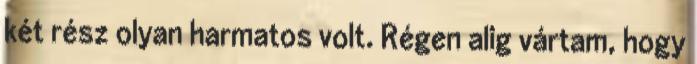
két rész olyan harmatos volt. Régen alig vártam, hogy